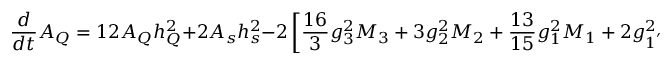
\frac { d } { d t } A _ { Q } = 1 2 A _ { Q } h _ { Q } ^ { 2 } + 2 A _ { s } h _ { s } ^ { 2 } - 2 \left[ \frac { 1 6 } { 3 } g _ { 3 } ^ { 2 } M _ { 3 } + 3 g _ { 2 } ^ { 2 } M _ { 2 } + \frac { 1 3 } { 1 5 } g _ { 1 } ^ { 2 } M _ { 1 } + 2 g _ { 1 ^ { ' } } ^ { 2 } ( Q _ { u } ^ { 2 } + Q _ { Q } ^ { 2 } + Q _ { 2 } ^ { 2 } ) M _ { 1 ^ { ' } } \right] ;